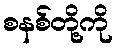
စနစ်တို့ကို